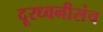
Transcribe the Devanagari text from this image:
दूरध्वनीसंच